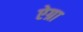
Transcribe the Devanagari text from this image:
ऐग्रा